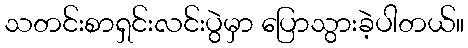
သတင်းစာရှင်းလင်းပွဲမှာ ပြောသွားခဲ့ပါတယ်။